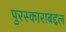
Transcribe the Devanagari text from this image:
पुरस्काराबद्दल